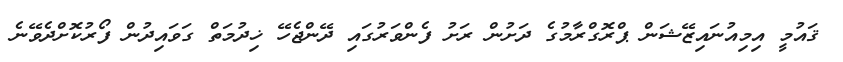
ޤައުމީ އިމިއުނައިޒޭޝަން ޕްރޮގްރާމުގެ ދަށުން ރަށު ފެންވަރުގައި ދޭންޖެހޭ ޚިދުމަތް ގަވައިދުން ފޯރުކޮށްދެވޭނެ